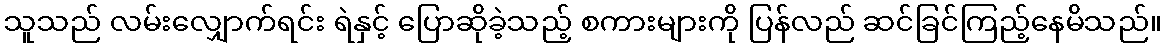
သူသည် လမ်းလျှောက်ရင်း ရဲနှင့် ပြောဆိုခဲ့သည့် စကားများကို ပြန်လည် ဆင်ခြင်ကြည့်နေမိသည်။